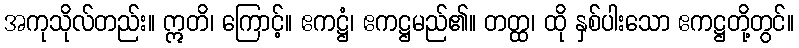
အကုသိုလ်တည်း။ ဣတိ၊ ကြောင့်။ ဧကဋ္ဌံ၊ ဧကဋ္ဌမည်၏။ တတ္ထ၊ ထို နှစ်ပါးသော ဧကဋ္ဌတို့တွင်။